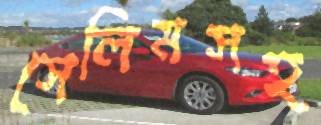
সেলিমসহ